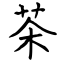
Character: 茶